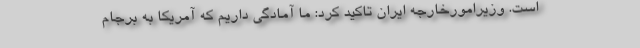
است. وزیرامورخارجه ایران تاکید کرد: ما آمادگی داریم که آمریکا به برجام